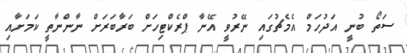
ސަތޯ ބުނީ އަދުހަމް އެމެޗުގައި ނޭރުވީ އޭނާ ޕްރެކްޓިހަށް ބަރާބަރަށް ނާންނާތީ ކަމަށާއި